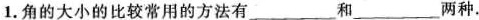
1.角的大小的比较常用的方法有___和___两种。